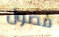
فضول